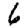
Digit: 6